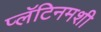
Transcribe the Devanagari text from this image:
प्लॅटिनमशी